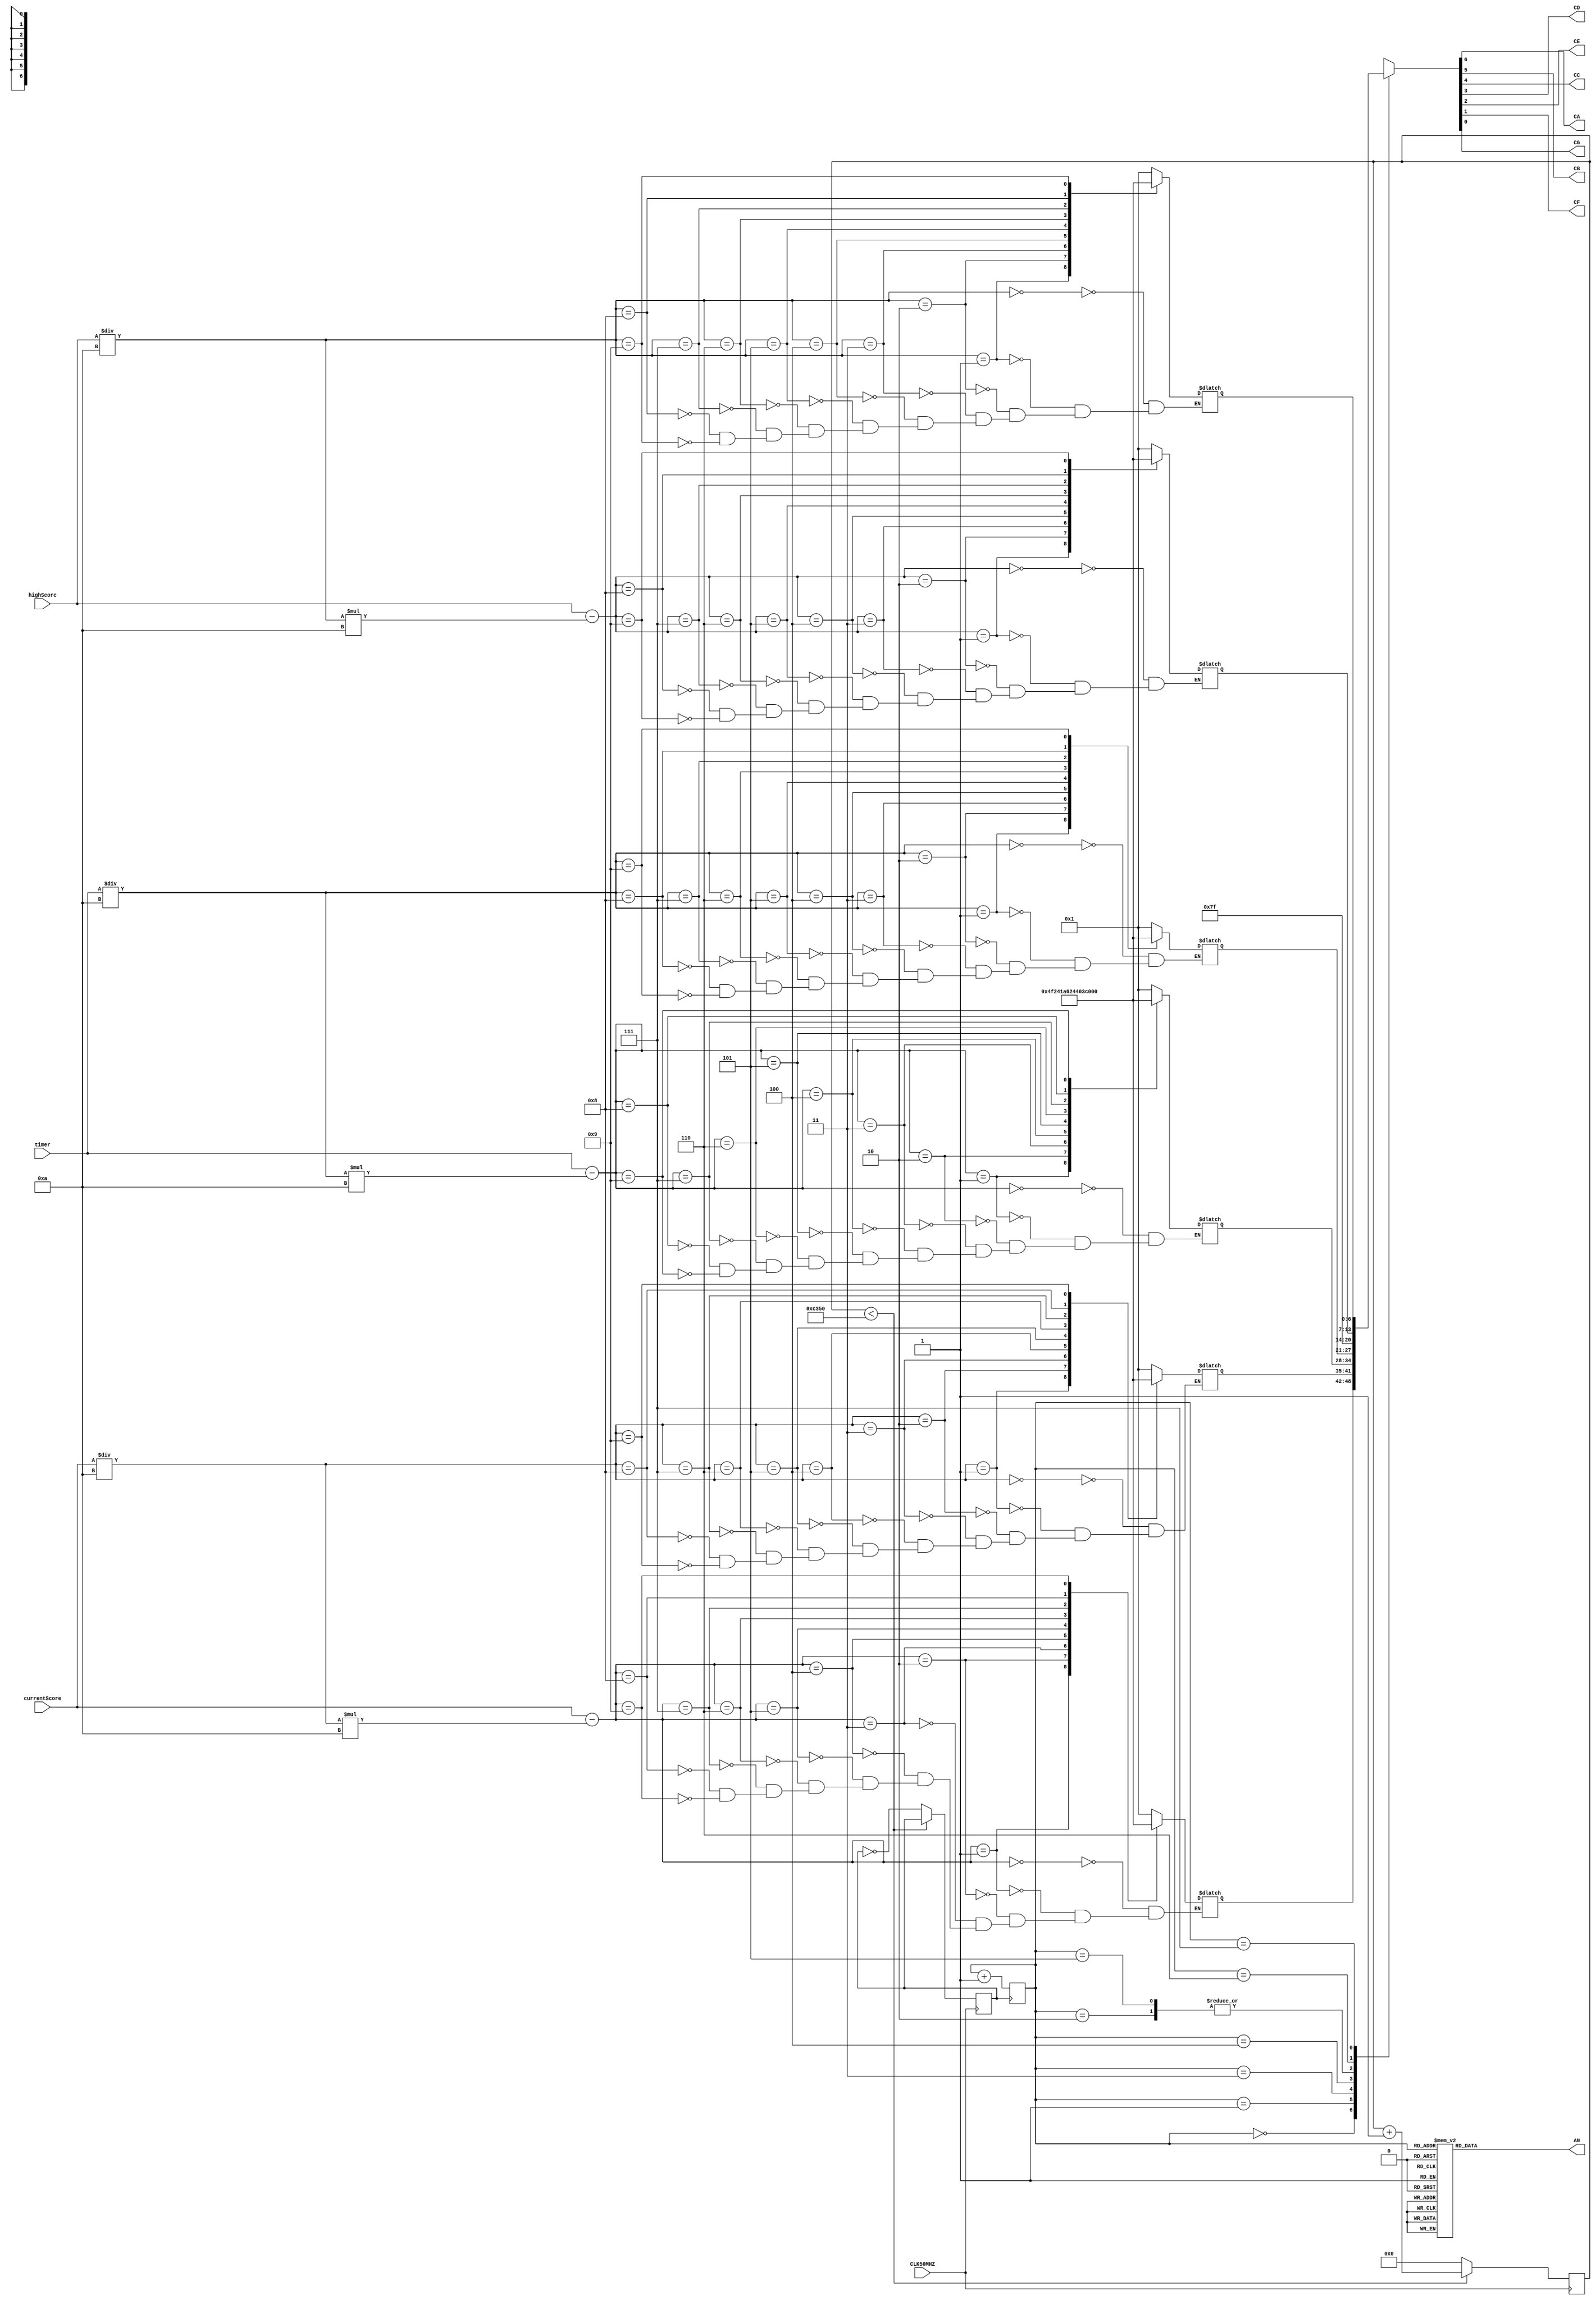
module FPGA7seg(CA, CB, CC, CD, CE, CF, CG, AN, timer, currentScore, highScore, CLK50MHZ);
    output CA, CB, CC, CD, CE, CF, CG;
    output [7:0] AN;
    input [31:0] timer, highScore, currentScore;
    input CLK50MHZ;

    reg CLK1khz = 0;
    reg [31:0] khz1counter = 0;
    reg [2:0] digitCounter = 0;
    reg [7:0] oneColdAnode = 0;
    reg [6:0] ctrl = 0;

    reg [31:0] timer_msd, timer_lsd, highScore_msd, highScore_lsd, currentScore_msd, currentScore_lsd = 0;
    reg [6:0] ctrl_timer_msd, ctrl_timer_lsd, ctrl_highScore_msd, ctrl_highScore_lsd, ctrl_currentScore_msd, ctrl_currentScore_lsd = 0;

    assign AN = oneColdAnode;
    assign {CA, CB, CC, CD, CE, CF, CG} = ctrl;

    always @(posedge CLK50MHZ) begin
        if (khz1counter < 50000) begin 
            khz1counter <= khz1counter + 1;
        end else begin
            khz1counter <= 0;
            CLK1khz <= ~CLK1khz;
        end
    end

    always @(posedge CLK1khz) begin
        digitCounter = digitCounter + 1;
    end

    always begin
        case (digitCounter)
            0 : oneColdAnode = 8'b1111_1110;
            1 : oneColdAnode = 8'b1111_1101;
            2 : oneColdAnode = 8'b1111_1011;
            3 : oneColdAnode = 8'b1111_0111;
            4 : oneColdAnode = 8'b1110_1111;
            5 : oneColdAnode = 8'b1101_1111;
            6 : oneColdAnode = 8'b1011_1111;
            7 : oneColdAnode = 8'b0111_1111;
        endcase

        case (digitCounter)
            0 : ctrl = ctrl_currentScore_lsd;
            1 : ctrl = ctrl_currentScore_msd;
            2 : ctrl = 7'b111_1111;
            3 : ctrl = ctrl_timer_lsd;
            4 : ctrl = ctrl_timer_msd;
            5 : ctrl = 7'b111_1111;
            6 : ctrl = ctrl_highScore_lsd;
            7 : ctrl = ctrl_highScore_msd;
        endcase


        timer_msd = timer/10;
        timer_lsd = timer - timer_msd*10;
        case (timer_msd)
            0 : ctrl_timer_msd = 7'b0000001;
            1 : ctrl_timer_msd = 7'b1001111;
            2 : ctrl_timer_msd = 7'b0010010;
            3 : ctrl_timer_msd = 7'b0000110;
            4 : ctrl_timer_msd = 7'b1001100;
            5 : ctrl_timer_msd = 7'b0100100;
            6 : ctrl_timer_msd = 7'b0100000;
            7 : ctrl_timer_msd = 7'b0001111;
            8 : ctrl_timer_msd = 7'b0000000;
            9 : ctrl_timer_msd = 7'b0001100;
        endcase
        case (timer_lsd)
            0 : ctrl_timer_lsd = 7'b0000001;
            1 : ctrl_timer_lsd = 7'b1001111;
            2 : ctrl_timer_lsd = 7'b0010010;
            3 : ctrl_timer_lsd = 7'b0000110;
            4 : ctrl_timer_lsd = 7'b1001100;
            5 : ctrl_timer_lsd = 7'b0100100;
            6 : ctrl_timer_lsd = 7'b0100000;
            7 : ctrl_timer_lsd = 7'b0001111;
            8 : ctrl_timer_lsd = 7'b0000000;
            9 : ctrl_timer_lsd = 7'b0001100;
        endcase

        highScore_msd = highScore/10;
        highScore_lsd = highScore - highScore_msd*10;
        case (highScore_msd)
            0 : ctrl_highScore_msd = 7'b0000001;
            1 : ctrl_highScore_msd = 7'b1001111;
            2 : ctrl_highScore_msd = 7'b0010010;
            3 : ctrl_highScore_msd = 7'b0000110;
            4 : ctrl_highScore_msd = 7'b1001100;
            5 : ctrl_highScore_msd = 7'b0100100;
            6 : ctrl_highScore_msd = 7'b0100000;
            7 : ctrl_highScore_msd = 7'b0001111;
            8 : ctrl_highScore_msd = 7'b0000000;
            9 : ctrl_highScore_msd = 7'b0001100;
        endcase
        case (highScore_lsd)
            0 : ctrl_highScore_lsd = 7'b0000001;
            1 : ctrl_highScore_lsd = 7'b1001111;
            2 : ctrl_highScore_lsd = 7'b0010010;
            3 : ctrl_highScore_lsd = 7'b0000110;
            4 : ctrl_highScore_lsd = 7'b1001100;
            5 : ctrl_highScore_lsd = 7'b0100100;
            6 : ctrl_highScore_lsd = 7'b0100000;
            7 : ctrl_highScore_lsd = 7'b0001111;
            8 : ctrl_highScore_lsd = 7'b0000000;
            9 : ctrl_highScore_lsd = 7'b0001100;
        endcase

        currentScore_msd = currentScore/10;
        currentScore_lsd = currentScore - currentScore_msd*10;
        case (currentScore_msd)
            0 : ctrl_currentScore_msd = 7'b0000001;
            1 : ctrl_currentScore_msd = 7'b1001111;
            2 : ctrl_currentScore_msd = 7'b0010010;
            3 : ctrl_currentScore_msd = 7'b0000110;
            4 : ctrl_currentScore_msd = 7'b1001100;
            5 : ctrl_currentScore_msd = 7'b0100100;
            6 : ctrl_currentScore_msd = 7'b0100000;
            7 : ctrl_currentScore_msd = 7'b0001111;
            8 : ctrl_currentScore_msd = 7'b0000000;
            9 : ctrl_currentScore_msd = 7'b0001100;
        endcase
        case (currentScore_lsd)
            0 : ctrl_currentScore_lsd = 7'b0000001;
            1 : ctrl_currentScore_lsd = 7'b1001111;
            2 : ctrl_currentScore_lsd = 7'b0010010;
            3 : ctrl_currentScore_lsd = 7'b0000110;
            4 : ctrl_currentScore_lsd = 7'b1001100;
            5 : ctrl_currentScore_lsd = 7'b0100100;
            6 : ctrl_currentScore_lsd = 7'b0100000;
            7 : ctrl_currentScore_lsd = 7'b0001111;
            8 : ctrl_currentScore_lsd = 7'b0000000;
            9 : ctrl_currentScore_lsd = 7'b0001100;
        endcase
    end
endmodule